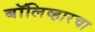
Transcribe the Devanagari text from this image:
बॉलिव्हारचा